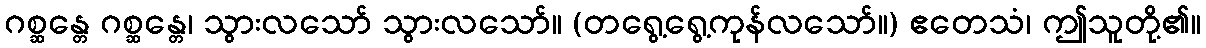
ဂစ္ဆန္တေ ဂစ္ဆန္တေ၊ သွားလသော် သွားလသော်။ (တရွေ့ရွေ့ကုန်လသော်။) ဧတေသံ၊ ဤသူတို့၏။